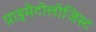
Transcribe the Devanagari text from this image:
प्राइमेटोलोजिस्ट